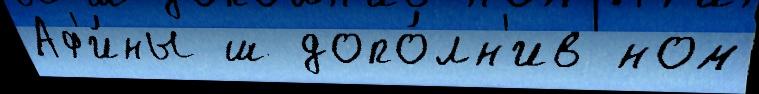
Аф'и́ны ш допо́лн'ив ном